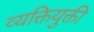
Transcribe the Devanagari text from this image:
व्यक्तियुक्ती